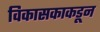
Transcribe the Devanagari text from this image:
विकासकाकडून